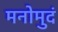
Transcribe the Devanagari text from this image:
मनोमुदं